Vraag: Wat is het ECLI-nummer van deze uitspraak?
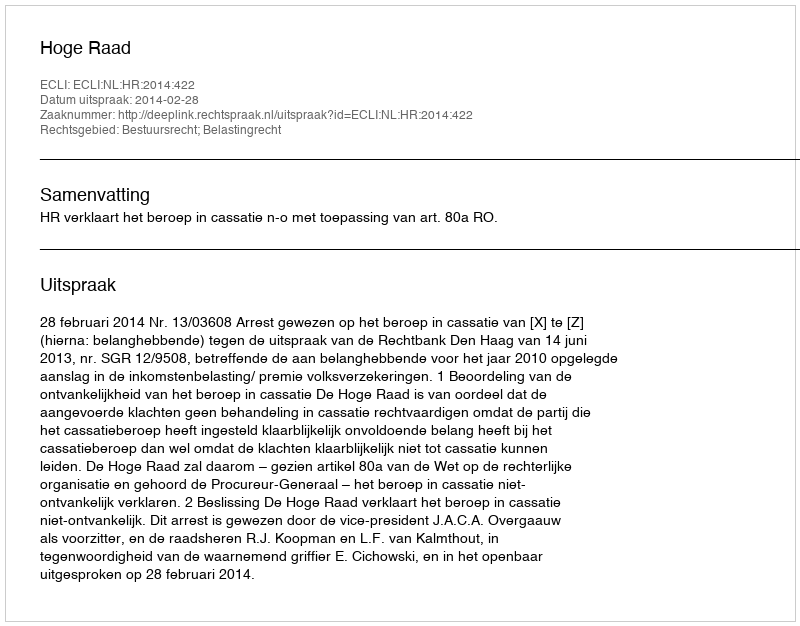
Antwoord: ECLI:NL:HR:2014:422